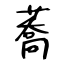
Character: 蕎